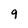
Character: 9